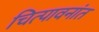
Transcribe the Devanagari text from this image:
चित्पावनांत